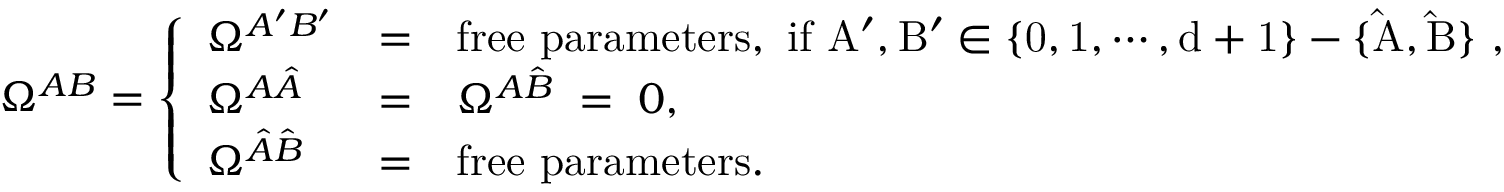
\Omega ^ { A B } = \left\{ \begin{array} { l l l } { { \Omega ^ { A ^ { \prime } B ^ { \prime } } } } & { { = } } & { { \mathrm { f r e e ~ p a r a m e t e r s , ~ i f ~ A ^ { \prime } , B ^ { \prime } \in \{ 0 , 1 , \cdots , d + 1 \} - \{ \hat { A } , \hat { B } \} ~ } , } } \\ { { \Omega ^ { A \hat { A } } } } & { { = } } & { { \Omega ^ { A \hat { B } } \; = \; 0 , } } \\ { { \Omega ^ { \hat { A } \hat { B } } } } & { { = } } & { { \mathrm { f r e e ~ p a r a m e t e r s } . } } \end{array} \right.